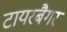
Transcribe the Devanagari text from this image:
टायरबैगर